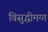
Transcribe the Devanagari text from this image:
विसुद्धीमग्ग